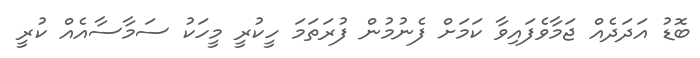
ބޮޑު އަދަދެއް ޖަމާވެފައިވާ ކަމަށް ފެނުމުން ފުރަަތަމަ ހީކުރީ މީހަކު ސަމާސާއެއް ކުރީ